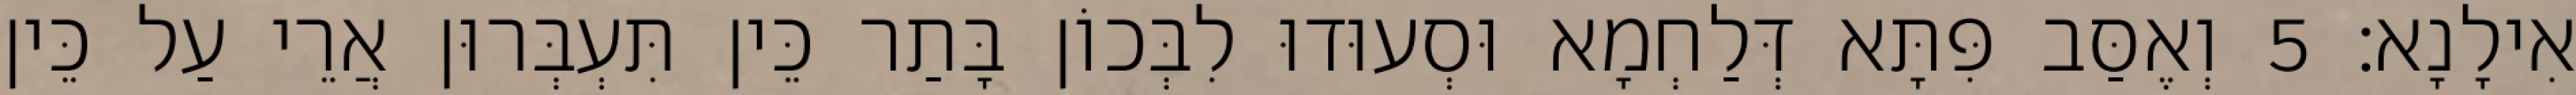
אִילָנָא׃ 5 וְאֶסַּב פִּתָּא דְּלַחְמָא וּסְעוּדוּ לִבְּכוֹן בָּתַר כֵּין תִּעְבְּרוּן אֲרֵי עַל כֵּין